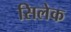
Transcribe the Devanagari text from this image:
सिलेक